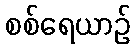
စစ်ရေယာဉ်